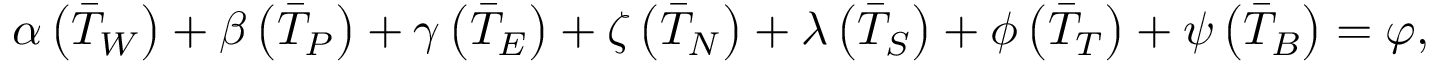
\begin{array} { r } { \boldsymbol { \alpha } \left( \Bar { T } _ { W } \right) + \boldsymbol { \beta } \left( \Bar { T } _ { P } \right) + \boldsymbol { \gamma } \left( \Bar { T } _ { E } \right) + \boldsymbol { \zeta } \left( \Bar { T } _ { N } \right) + \boldsymbol { \lambda } \left( \Bar { T } _ { S } \right) + \boldsymbol { \phi } \left( \Bar { T } _ { T } \right) + \boldsymbol { \psi } \left( \Bar { T } _ { B } \right) = \boldsymbol { \varphi } , } \end{array}